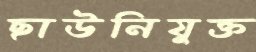
ছাউনিযুক্ত